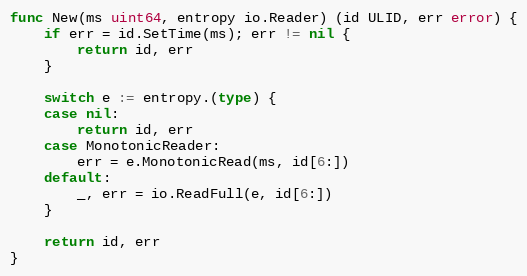
Language: Go
func New(ms uint64, entropy io.Reader) (id ULID, err error) {
	if err = id.SetTime(ms); err != nil {
		return id, err
	}

	switch e := entropy.(type) {
	case nil:
		return id, err
	case MonotonicReader:
		err = e.MonotonicRead(ms, id[6:])
	default:
		_, err = io.ReadFull(e, id[6:])
	}

	return id, err
}